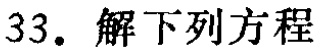
33. 解下列方程